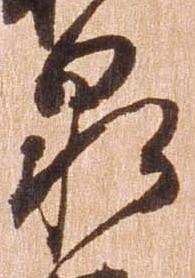
泉